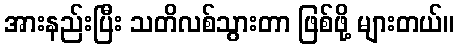
အားနည်းပြီး သတိလစ်သွားတာ ဖြစ်ဖို့ များတယ်။